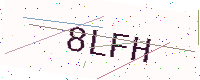
Text: 8LFH